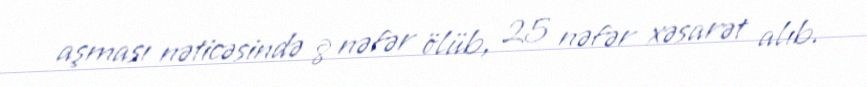
aşması nəticəsində 8 nəfər ölüb, 25 nəfər xəsarət alıb.